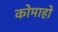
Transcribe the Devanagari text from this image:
कोमाहो